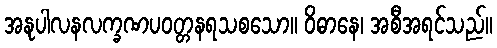
အနုပါလနလက္ခဏပဝတ္တနရသစသော။ ဝိဓာနေ၊ အစီအရင်သည်။